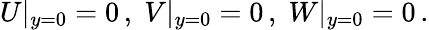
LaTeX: \begin{array}{r}{U\rvert_{y=0}=0\, ,\; V\rvert_{y=0}=0\, ,\; W\rvert_{y=0}=0\, .}\end{array}